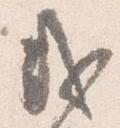
或